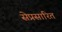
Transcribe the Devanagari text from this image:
सेप्रसारित